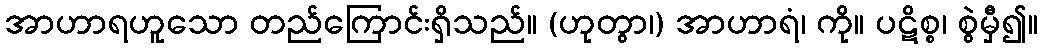
အာဟာရဟူသော တည်ကြောင်းရှိသည်။ (ဟုတွာ၊) အာဟာရံ၊ ကို။ ပဋိစ္စ၊ စွဲမှီ၍။